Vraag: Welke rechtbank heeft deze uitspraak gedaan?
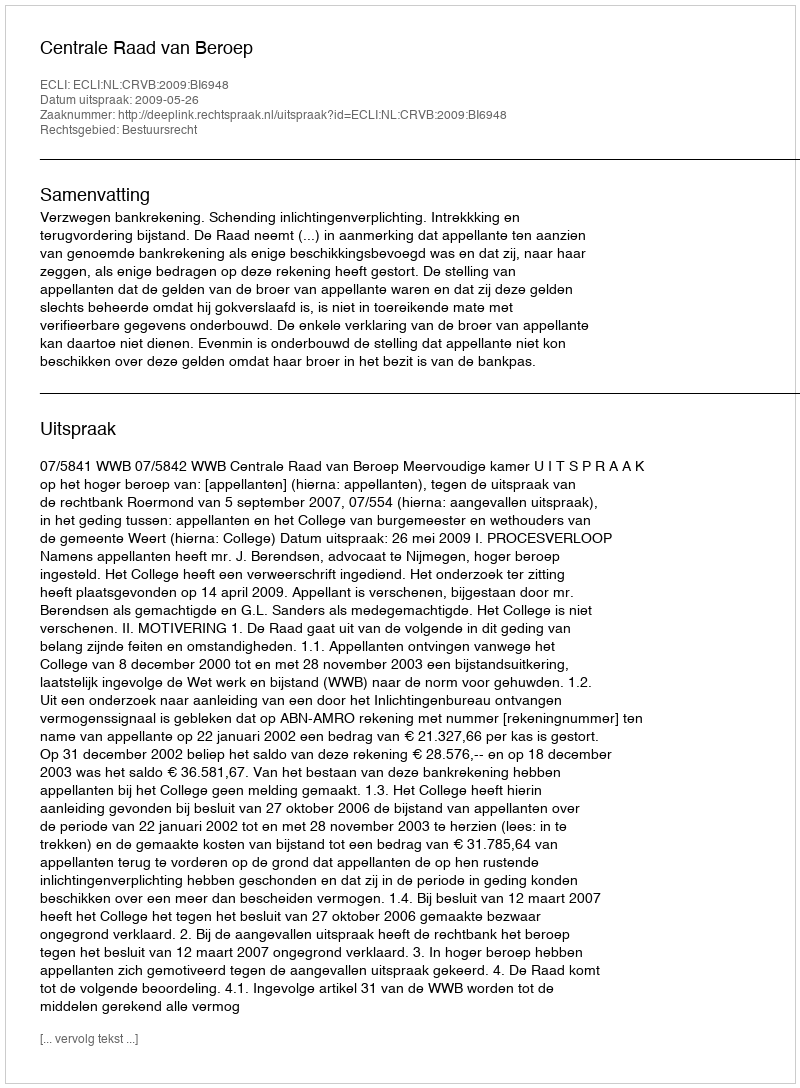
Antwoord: Centrale Raad van Beroep